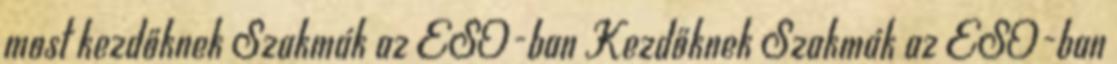
most kezdőknek Szakmák az ESO-ban Kezdőknek Szakmák az ESO-ban